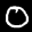
Label: 0